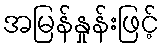
အမြန်နှုန်းဖြင့်